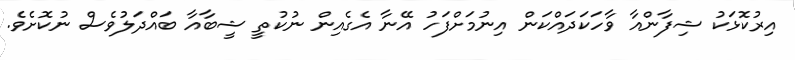
އިރުކޮޅަކު ޝިފާންއާ ވާހަކަދައްކަން އިނުމަށްފަހު އޭނާ އެގެއިން ނުކުތީ ޝީބާއާ ބައްދަލުވެސް ނުކޮށެވެ.